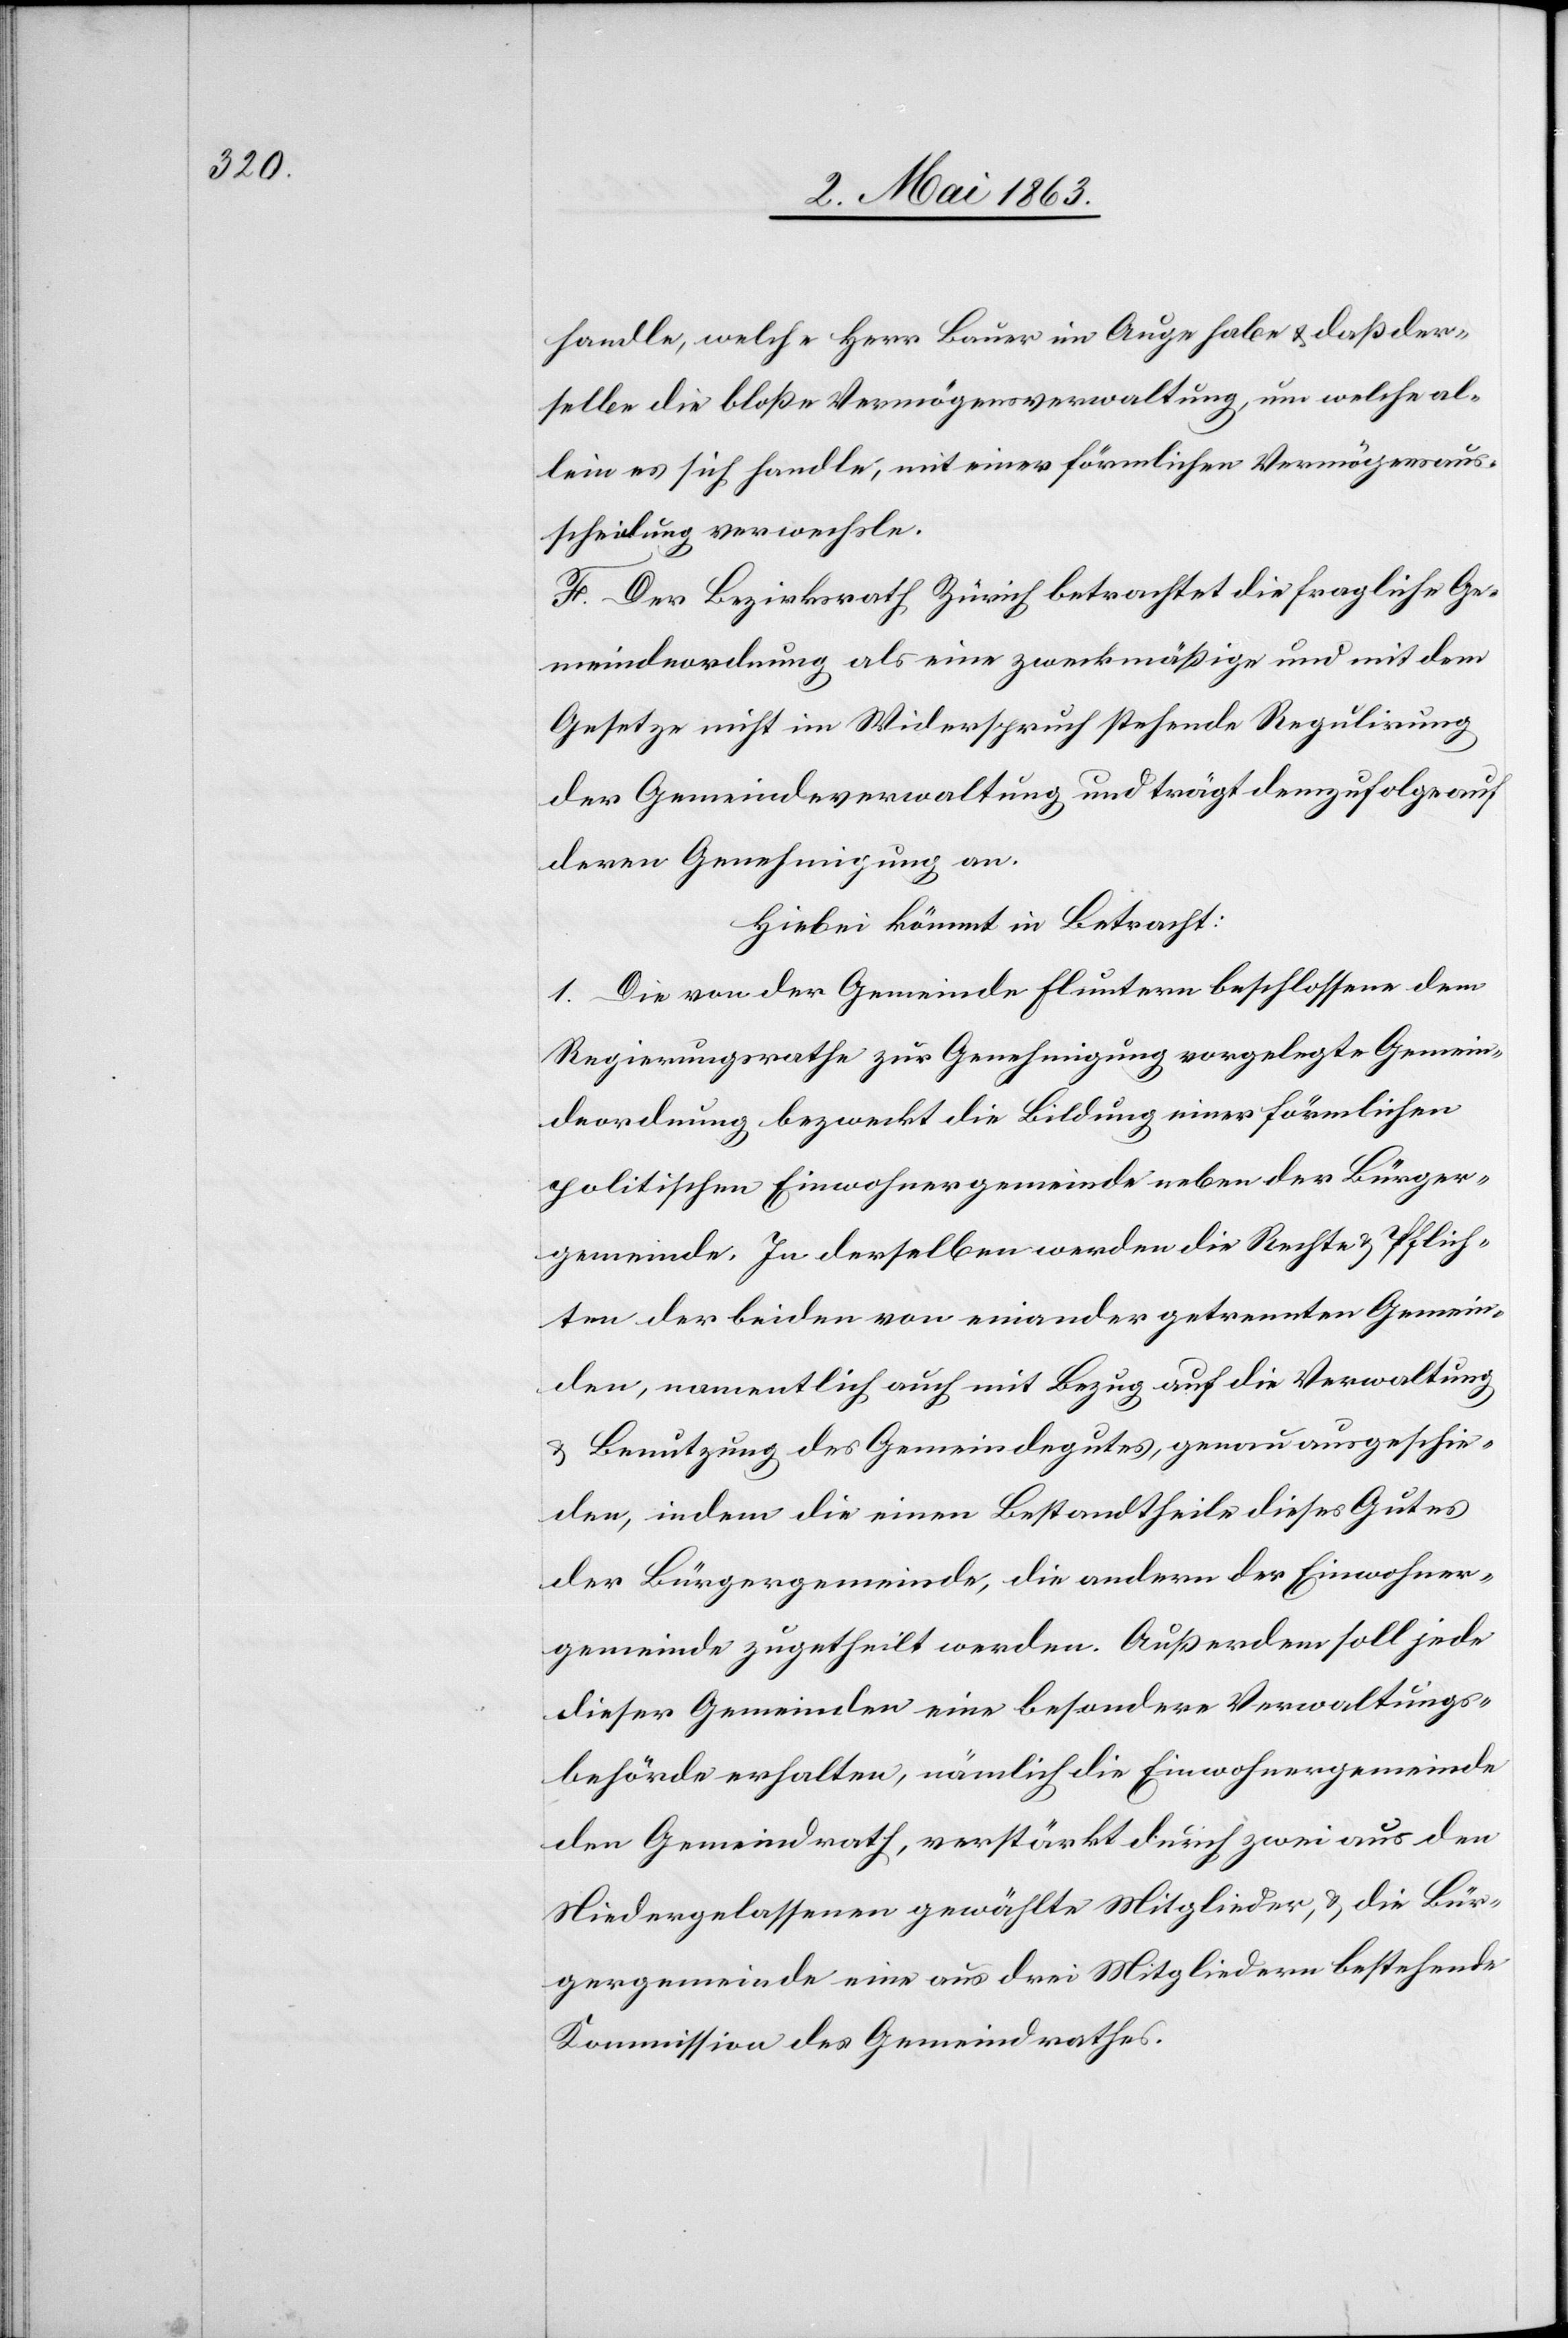
handle, welche Herr Bauer im Auge habe & daß der¬
selbe die bloße Vermögensverwaltung, um welche al¬
lein es sich handle, mit einer förmlichen Vermögensaus¬
scheidung verwechsle.
F. Der Bezirksrath Zürich betrachtet die fragliche Ge¬
meindeordnung als eine zweckmäßige und mit dem
Gesetze nicht im Widerspruch stehende Regulirung
der Gemeindeverwaltung und trägt demzufolge auf
deren Genehmigung an.
Hiebei kömmt in Betracht:
1. Die von der Gemeinde Fluntern beschlossene dem
Regierungsrathe zur Genehmigung vorgelegte Gemein¬
deordnung bezweckt die Bildung einer förmlichen
politischen Einwohnergemeinde neben der Bürger¬
gemeinde. In derselben werden die Rechte & Pflich¬
ten der beiden von einander getrennten Gemein¬
den, namentlich auch mit Bezug auf die Verwaltung
& Benutzung des Gemeindegutes, genau ausgeschie¬
den, indem die einen Bestandtheile dieses Gutes
der Bürgergemeinde, die andern der Einwohner¬
gemeinde zugetheilt werden. Außerdem soll jede
dieser Gemeinden eine besondere Verwaltungs¬
behörde erhalten, nämlich die Einwohnergemeinde
den Gemeindrath, verstärkt durch zwei aus den
Niedergelassenen gewählte Mitglieder, & die Bür¬
gergemeinde eine aus drei Mitgliedern bestehende
Kommission des Gemeindrathes.